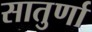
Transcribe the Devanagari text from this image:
सातुर्णा